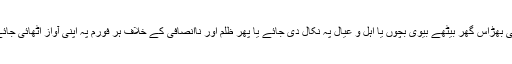
اپنی بھڑاس گھر بیٹھے بیوی بچوں یا اہل و عیال پہ نکال دی جائے یا پھر ظلم اور ناانصافی کے خلاف ہر فورم پہ اپنی آواز اٹھائی جائے۔